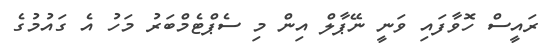
ރައީސް ހޮވާފައި ވަނީ ނޭޕާލް އިން މި ސެޕްޓެމްބަރު މަހު އެ ގައުމުގެ